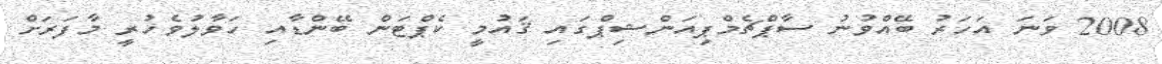
2008 ވަނަ އަހަރު ބޭއްވުނު ސާޕްޗެމްޕިއަންޝިޕްގައި ޤައުމީ ކެޕްޓަން ބޭންޑާއި ހަވާލުވެހުރީ މާފަރަށް